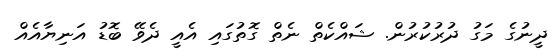
ދީނުގެ މަގު ދުރުކުރުން. ޝައްްކެތް ނެތް ގޮތުގައި އެއީ ދެވޭ ބޮޑު އަނިޔާއެއް